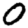
Digit: 0